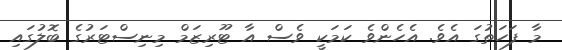
މާ ފަހަތުގަ އެވެ. އެހެންވެ ކަމަކީ ވެސް އާ ޓޫރިޒަމް މިނިސްޓަރުގެ ބޮލުގައި